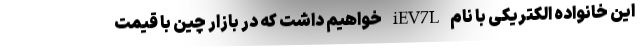
این خانواده الکتریکی با نام iEV7L خواهیم داشت که در بازار چین با قیمت